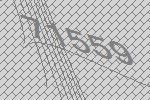
71559